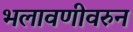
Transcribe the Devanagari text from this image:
भलावणीवरुन